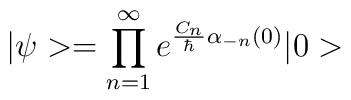
| \psi > = \prod_{n=1}^{\infty} e^{{C_n \over \hbar} \alpha_{-n}(0)} | 0 >